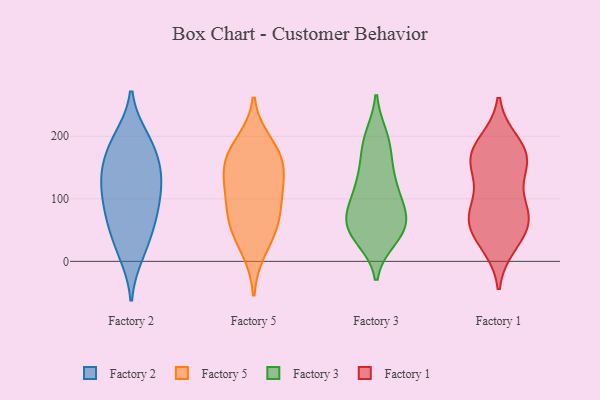
{"axis": {"x": "Conversion Rate (%)", "y": "Value"}, "legend": ["Factory 1", "Factory 2", "Factory 3", "Factory 5"], "data": [{"x": "", "y": 77, "type": "Factory 2"}, {"x": "", "y": 149, "type": "Factory 2"}, {"x": "", "y": 102, "type": "Factory 2"}, {"x": "", "y": 188, "type": "Factory 2"}, {"x": "", "y": 145, "type": "Factory 2"}, {"x": "", "y": 135, "type": "Factory 2"}, {"x": "", "y": 24, "type": "Factory 2"}, {"x": "", "y": 12, "type": "Factory 2"}, {"x": "", "y": 64, "type": "Factory 2"}, {"x": "", "y": 197, "type": "Factory 2"}, {"x": "", "y": 187, "type": "Factory 2"}, {"x": "", "y": 103, "type": "Factory 2"}, {"x": "", "y": 132, "type": "Factory 2"}, {"x": "", "y": 60, "type": "Factory 2"}, {"x": "", "y": 58, "type": "Factory 5"}, {"x": "", "y": 162, "type": "Factory 5"}, {"x": "", "y": 169, "type": "Factory 5"}, {"x": "", "y": 64, "type": "Factory 5"}, {"x": "", "y": 124, "type": "Factory 5"}, {"x": "", "y": 63, "type": "Factory 5"}, {"x": "", "y": 109, "type": "Factory 5"}, {"x": "", "y": 160, "type": "Factory 5"}, {"x": "", "y": 189, "type": "Factory 5"}, {"x": "", "y": 18, "type": "Factory 5"}, {"x": "", "y": 116, "type": "Factory 5"}, {"x": "", "y": 92, "type": "Factory 3"}, {"x": "", "y": 70, "type": "Factory 3"}, {"x": "", "y": 141, "type": "Factory 3"}, {"x": "", "y": 152, "type": "Factory 3"}, {"x": "", "y": 37, "type": "Factory 3"}, {"x": "", "y": 48, "type": "Factory 3"}, {"x": "", "y": 103, "type": "Factory 3"}, {"x": "", "y": 54, "type": "Factory 3"}, {"x": "", "y": 186, "type": "Factory 3"}, {"x": "", "y": 105, "type": "Factory 3"}, {"x": "", "y": 72, "type": "Factory 3"}, {"x": "", "y": 40, "type": "Factory 3"}, {"x": "", "y": 65, "type": "Factory 3"}, {"x": "", "y": 127, "type": "Factory 3"}, {"x": "", "y": 52, "type": "Factory 3"}, {"x": "", "y": 195, "type": "Factory 3"}, {"x": "", "y": 199, "type": "Factory 3"}, {"x": "", "y": 69, "type": "Factory 1"}, {"x": "", "y": 190, "type": "Factory 1"}, {"x": "", "y": 28, "type": "Factory 1"}, {"x": "", "y": 73, "type": "Factory 1"}, {"x": "", "y": 25, "type": "Factory 1"}, {"x": "", "y": 83, "type": "Factory 1"}, {"x": "", "y": 131, "type": "Factory 1"}, {"x": "", "y": 163, "type": "Factory 1"}, {"x": "", "y": 160, "type": "Factory 1"}, {"x": "", "y": 56, "type": "Factory 1"}, {"x": "", "y": 96, "type": "Factory 1"}, {"x": "", "y": 52, "type": "Factory 1"}, {"x": "", "y": 174, "type": "Factory 1"}, {"x": "", "y": 160, "type": "Factory 1"}, {"x": "", "y": 154, "type": "Factory 1"}, {"x": "", "y": 192, "type": "Factory 1"}, {"x": "", "y": 70, "type": "Factory 1"}]}